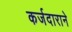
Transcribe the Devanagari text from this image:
कर्जदाराने